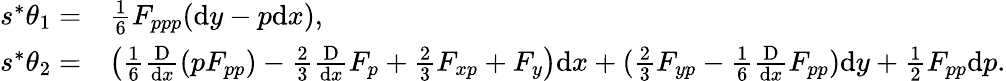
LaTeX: \begin{array}{rl}{s^{*}\theta_{1}=}&{\frac 16F_{ppp}(\mathrm{d}y-p\mathrm{d}x),}\\ {s^{*}\theta_{2}=}&{\left(\frac 16\frac{\mathrm{D}}{\mathrm{d}x}(pF_{pp})-\frac 23\frac{\mathrm{D}}{\mathrm{d}x}F_{p}+\frac 23F_{xp}+F_{y}\right)\mathrm{d}x+(\frac 23F_{yp}-\frac 16\frac{\mathrm{D}}{\mathrm{d}x}F_{pp})\mathrm{d}y+\frac 12F_{pp}\mathrm{d}p.}\end{array}